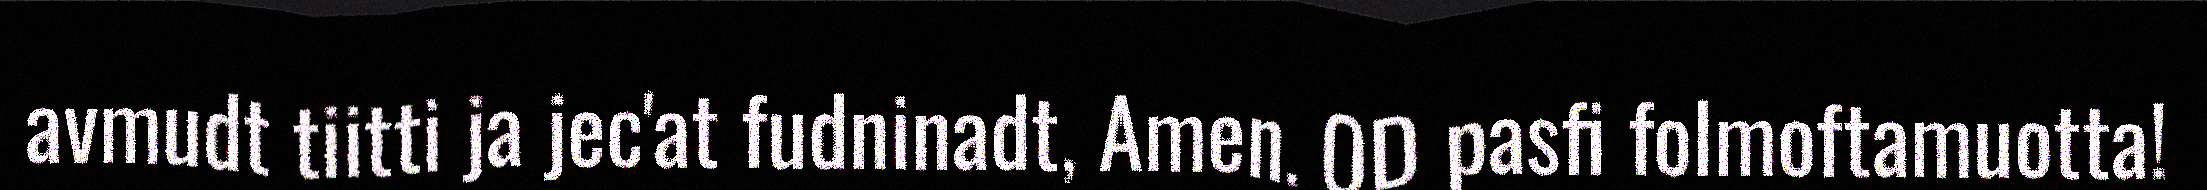
avmudt tiitti ja jec'at fudninadt, Amen. OD pasfi folmoftamuotta!